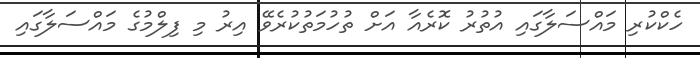
ހެކްކުރި މައްސަލާގައި އުތުރު ކޮރެއާ އަށް ތުހުމަތުކުރެވޭ އިރު މި ފިލްމުގެ މައްސަލާގައި